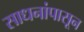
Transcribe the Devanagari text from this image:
साधनांपासून